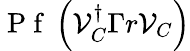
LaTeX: \mathrm{~P~f~}\left(\mathcal{V}_{C}^{\dagger}\Gamma r\mathcal{V}_{C}\right)